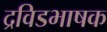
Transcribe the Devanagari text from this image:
द्रविडभाषक